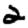
Digit: 2